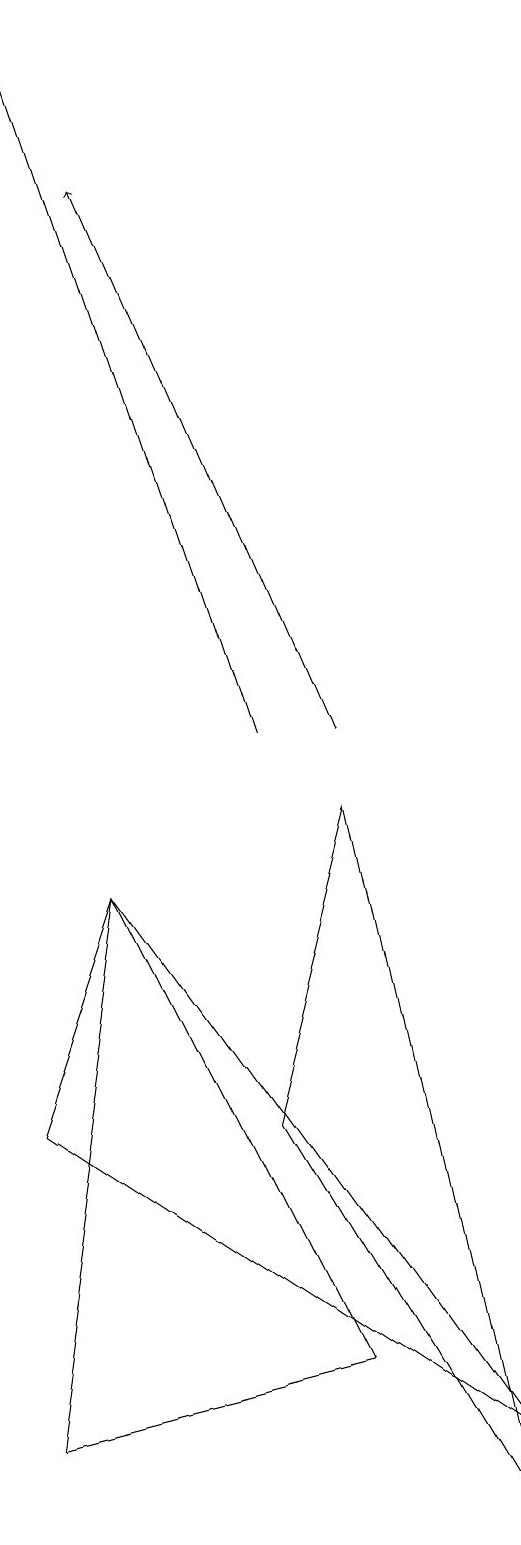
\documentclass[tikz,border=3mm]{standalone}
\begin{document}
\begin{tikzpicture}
\draw (8,1) -- (2,5) -- (3,8) -- cycle;
\draw (6,9) -- (5,5) -- (8,0) -- cycle;
\draw[->] (6,10) -- (3,17);
\draw (2,1) -- (3,8) -- (6,2) -- cycle;
\draw[->] (5,10) -- (2,19);
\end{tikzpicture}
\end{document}